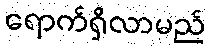
ရောက်ရှိလာမည်